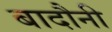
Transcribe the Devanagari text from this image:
बादौनी